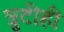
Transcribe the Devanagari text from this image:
त्रुटीही